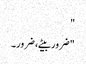
"
"ضرور بیٹے، ضرور۔